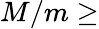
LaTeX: M/m\geq